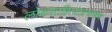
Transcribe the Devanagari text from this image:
लोकसाहित्याप्रमाणेच